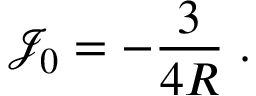
\mathcal { J } _ { 0 } = - \frac 3 { 4 R } \; .